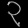
Digit: ၃